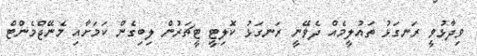
ވިދާޅުވީ ރަނގަޅު ތައުލީމެއް ދެވޭނީ ރަނގަޅު ކޮލިޓީ ޓީޗަރުން ލިބިގެން ކަމަށާއި މެނޭޖްމެންޓް